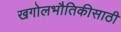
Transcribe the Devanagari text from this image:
खगोलभौतिकीसाठी